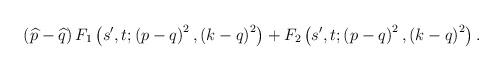
LaTeX: \begin{align*}\left( \widehat{p}-\widehat{q}\right) F_1\left( s^{\prime},t;\left( p-q\right) ^2,\left( k-q\right) ^2\right) +F_2\left(s^{\prime},t;\left( p-q\right) ^2,\left( k-q\right) ^2\right) .\end{align*}